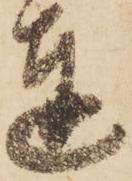
達